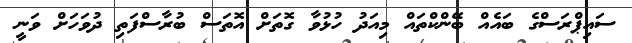
ސައިޕްރަސްގެ ބައެއް ބޭންކްތައް މިއަދު ހުޅުވާ ގޮތަށް އޮތަސް ބުރާސްފަތި ދުވަހަށް ވަނީ